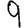
Digit: 9